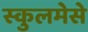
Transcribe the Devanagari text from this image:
स्कुलमेसे